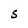
Character: S